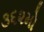
૩૬૨મો